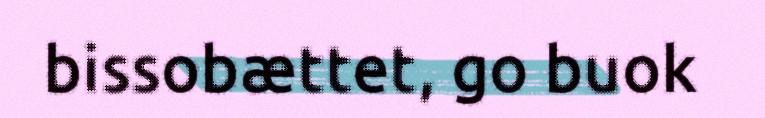
bissobættet, go buok